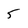
Character: 5